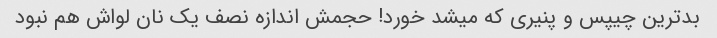
بدترین چیپس و پنیری که میشد خورد! حجمش اندازه نصف یک نان لواش هم نبود